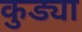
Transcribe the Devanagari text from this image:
कुड्या